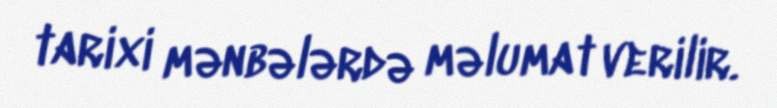
tarixi mənbələrdə məlumat verilir.